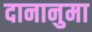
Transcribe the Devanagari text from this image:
दानानुमा